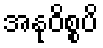
အနုဝိစ္စပိ